Lunatic asylums Punjab 1868-1880 - 1868-1880
Year: 1868
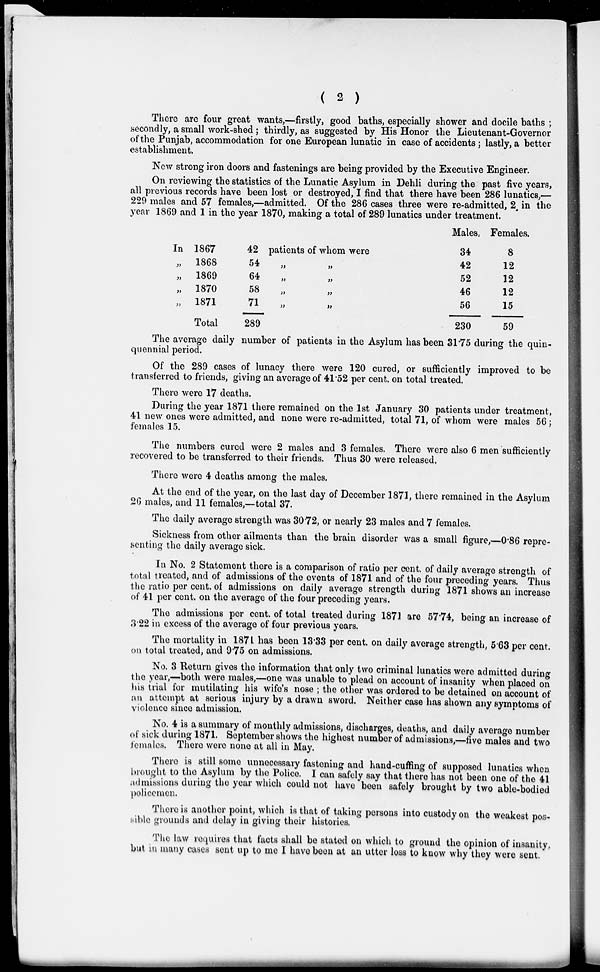
( 2 )
There are four great wants,—firstly, good baths, especially shower and docile baths ;
secondly, a small work-shed ; thirdly, as suggested by His Honor the Lieutenant-Governor
of the Punjab, accommodation for one European lunatic in case of accidents; lastly, a better
establishment.
New strong iron doors and fastenings are being provided by the Executive Engineer.
On reviewing the statistics of the Lunatic Asylum in Dehli during the past five years,
all previous records have been lost or destroyed, I find that there have been 286 lunatics,—
229 males and 57 females,—admitted. Of the 286 cases three were re-admitted, 2 in the
year 1869 and 1 in the year 1870, making a total of 289 lunatics under treatment.
In
„
„
„
„
1867
1868
1869
1870
1871
Total
42
54
64
58
71
289
patients of whom were
„ „
„ „
„ „
„ „
Males.
34
42
52
46
56
230
Females.
8
12
12
12
15
59
The average daily number of patients in the Asylum has been 31.75 during the quin-
quennial period.
Of the 289 cases of lunacy there were 120 cured, or sufficiently improved to be
transferred to friends, giving an average of 41.52 per cent. on total treated.
There were 17 deaths.
During the year 1871 there remained on the 1st January 30 patients under treatment,
41 new ones were admitted, and none were re-admitted, total 71, of whom were males 56;
females 15.
The numbers cured were 2 males and 3 females. There were also 6 men sufficiently
recovered to be transferred to their friends. Thus 30 were released.
There were 4 deaths among the males.
At the end of the year, on the last day of December 1871, there remained in the Asylum
26 males, and 11 females,—total 37.
The daily average strength was 30.72, or nearly 23 males and 7 females.
Sickness from other ailments than the brain disorder was a small figure,—0.86 repre-
senting the daily average sick.
In No. 2 Statement there is a comparison of ratio per cent. of daily average strength of
total treated, and of admissions of the events of 1871 and of the four preceding years. Thus
the ratio per cent. of admissions on daily average strength during 1871 shows an increase
of 41 per cent. on the average of the four preceding years.
The admissions per cent. of total treated during 1871 are 57.74, being an increase of
3.22 in excess of the average of four previous years.
The mortality in 1871 has been 13.33 per cent. on daily average strength, 5.63 per cent.
on total treated, and 9.75 on admissions.
No. 3 Return gives the information that only two criminal lunatics were admitted during
the year,—both were males,—one was unable to plead on account of insanity when placed on
his trial for mutilating his wife's nose ; the other was ordered to be detained on account of
an attempt at serious injury by a drawn sword. Neither case has shown any symptoms of
violence since admission.
No. 4 is a summary of monthly admissions, discharges, deaths, and daily average number
of sick during 1871. September shows the highest number of admissions,—five males and two
females. There were none at all in May,
There is still some unnecessary fastening and hand-cuffing of supposed lunatics when
brought to the Asylum by the Police. I can safely say that there has not been one of the 41
admissions during the year which could not have been safely brought by two able-bodied
policemen.
There is another point, which is that of taking persons into custody on the weakest pos-
sible grounds and delay in giving their histories.
The law requires that facts shall be stated on which to ground the opinion of insanity,
but in many cases sent up to me I have been at an utter loss to know why they were sent.